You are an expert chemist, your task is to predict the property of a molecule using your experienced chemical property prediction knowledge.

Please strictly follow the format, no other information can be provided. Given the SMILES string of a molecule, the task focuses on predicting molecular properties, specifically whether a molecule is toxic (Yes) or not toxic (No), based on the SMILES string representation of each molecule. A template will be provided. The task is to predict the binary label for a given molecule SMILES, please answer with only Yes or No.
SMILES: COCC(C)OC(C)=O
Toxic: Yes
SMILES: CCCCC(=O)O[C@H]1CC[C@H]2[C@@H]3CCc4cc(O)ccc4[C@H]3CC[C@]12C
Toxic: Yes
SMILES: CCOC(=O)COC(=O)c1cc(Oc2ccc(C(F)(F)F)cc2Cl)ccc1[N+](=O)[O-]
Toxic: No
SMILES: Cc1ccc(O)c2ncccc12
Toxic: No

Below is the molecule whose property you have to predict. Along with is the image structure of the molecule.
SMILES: C=CCN1CC[C@]23c4c5ccc(O)c4O[C@H]2[C@@H](O)C=C[C@H]3[C@H]1C5
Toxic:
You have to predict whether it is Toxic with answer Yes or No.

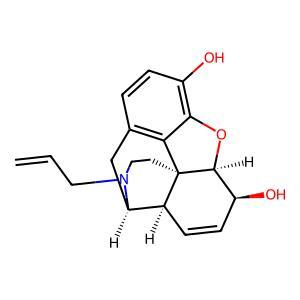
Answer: No